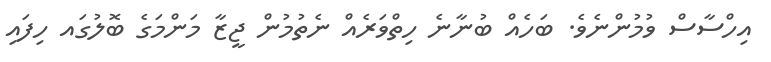
އިހްސާސް ވުމުންނެވެ. ބަހެއް ބުނާނެ ހިތްވަރެއް ނެތުމުން ޖީޒާ މަންމަގެ ބޮލުގައ ހިފައި